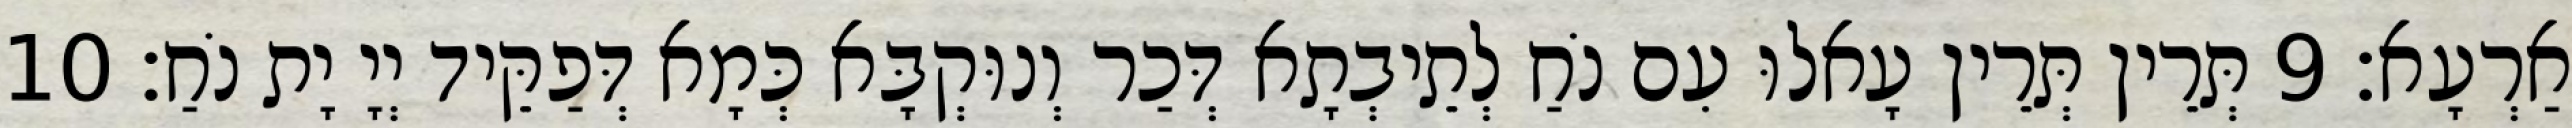
אַרְעָא׃ 9 תְּרֵין תְּרֵין עָאלוּ עִם נֹחַ לְתֵיבְתָא דְּכַר וְנוּקְבָּא כְּמָא דְּפַקֵּיד יְיָ יָת נֹחַ׃ 10